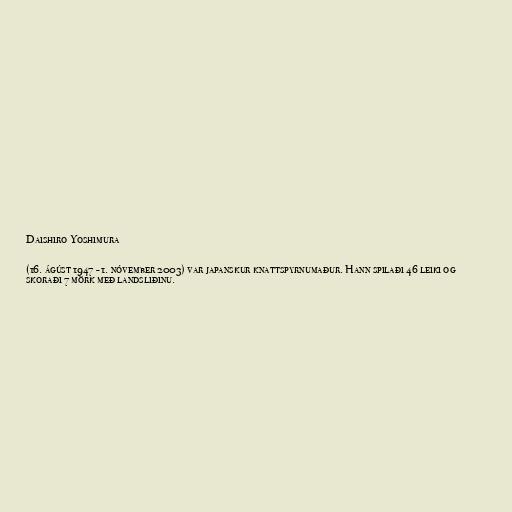
Daishiro Yoshimura

(16. ágúst 1947 - 1. nóvember 2003) var japanskur knattspyrnumaður. Hann spilaði 46 leiki og
skoraði 7 mörk með landsliðinu.